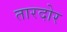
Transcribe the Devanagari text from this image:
तारदोर